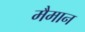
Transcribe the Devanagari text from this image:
मैमान